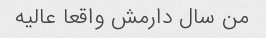
من سال دارمش واقعا عالیه